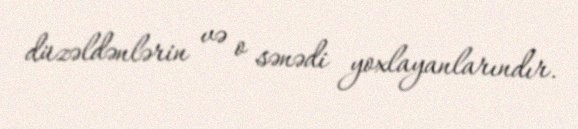
düzəldənlərin və o sənədi yoxlayanlarındır.